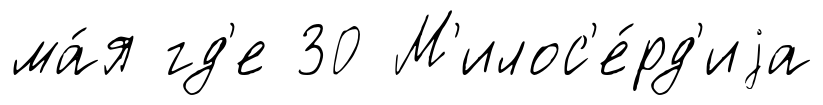
ма́я гд'е 30 М'илос'е́рд'иjа